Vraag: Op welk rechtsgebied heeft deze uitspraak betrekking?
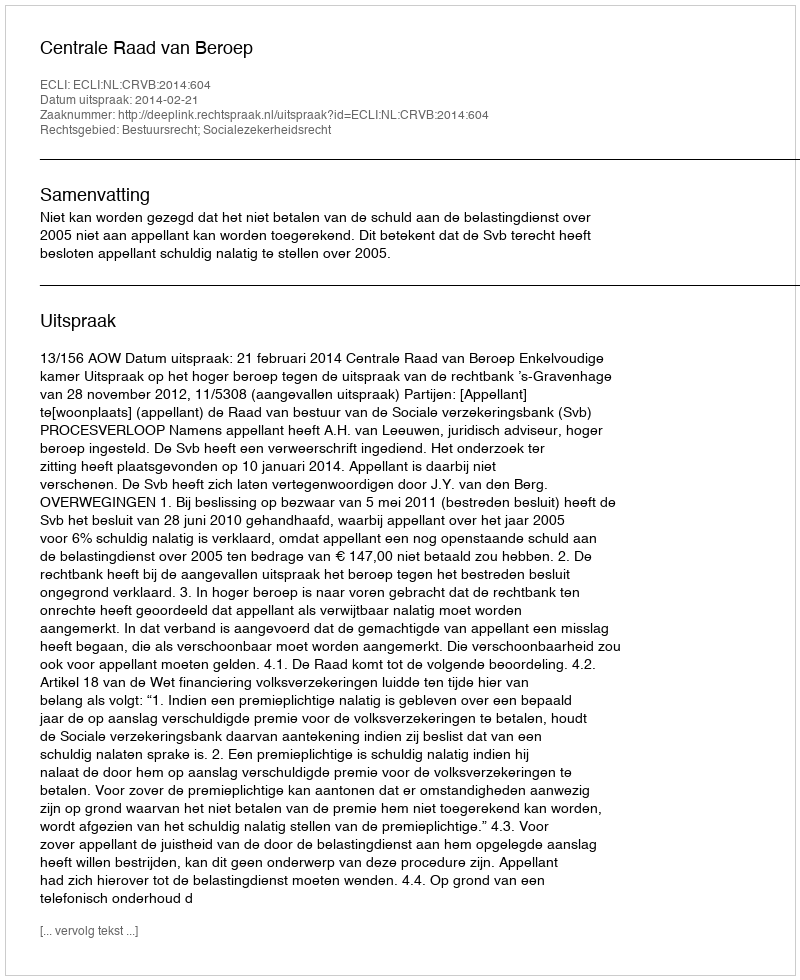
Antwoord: Bestuursrecht; Socialezekerheidsrecht